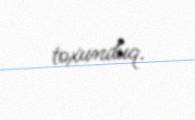
toxunduq.